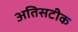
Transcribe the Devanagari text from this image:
अतिसटीक